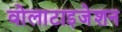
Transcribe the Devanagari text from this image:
वोलाटाइजेशन